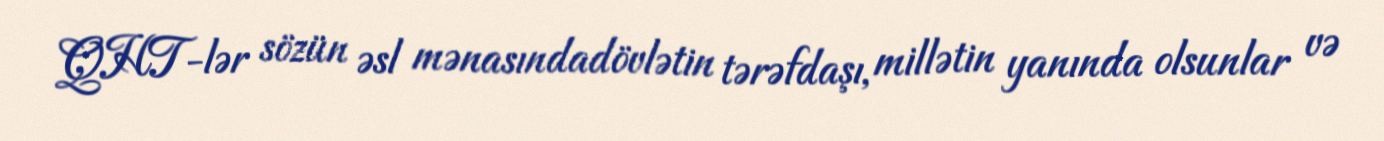
QHT-lər sözün əsl mənasındadövlətin tərəfdaşı, millətin yanında olsunlar və